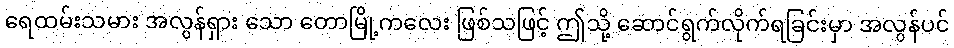
ရေထမ်းသမား အလွန်ရှား သော တောမြို့ကလေး ဖြစ်သဖြင့် ဤသို့ ဆောင်ရွက်လိုက်ရခြင်းမှာ အလွန်ပင်